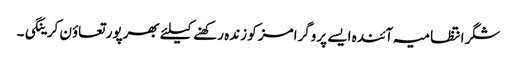
شگر انتظامیہ آئندہ ایسے پروگرامز کو زندہ رکھنے کیلئے بھرپور تعاؤن کرینگی۔